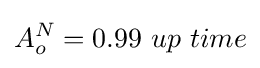
A_{o}^{N}=0.99\ up\ time